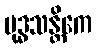
ဗုဒ္ဓသန္တိကေ